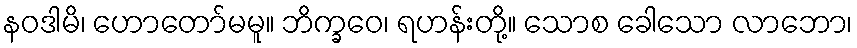
နဝဒါမိ၊ ဟောတော်မမူ။ ဘိက္ခဝေ၊ ရဟန်းတို့။ သောစ ခေါသော လာဘော၊